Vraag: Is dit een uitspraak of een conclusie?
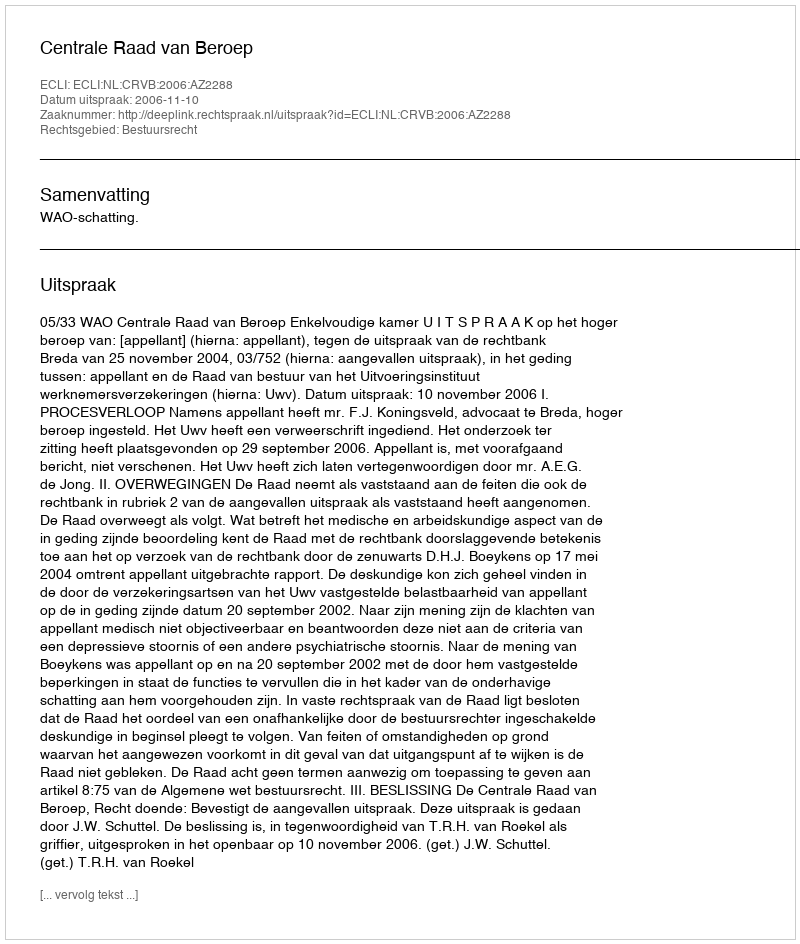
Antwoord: Uitspraak